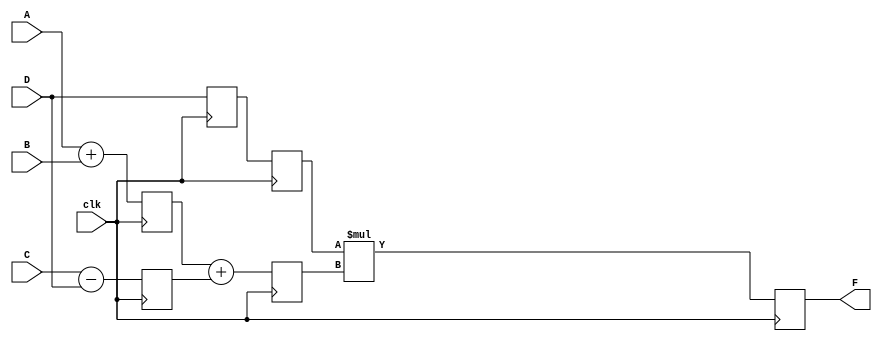
// There are 3 stages in which compution is divided
//At stage 1 we are computing x1 and x2 and forwarding D
// At stage 2 we are computing x3  with the help of x1 and x2 and again forwarding D
// At stage 3 we are computing F with the help of D and x3

module part1 (F,A,B,C,D,clk);
parameter N=10;

input [N-1:0] A,B,C,D;
input clk;
output [N-1:0] F;
reg [N-1:0] L12_x1, L12_x2, L12_D, L23_x3, L23_D, L34_F;

assign F=L34_F;
always @(posedge clk) begin
    L12_x1<=#4 A+B;            //Stage 1
    L12_x2<=#4 C-D;
    L12_D<=D;

    L23_x3<=#4 L12_x1+L12_x2;    //Stage 2
    L23_D<=L12_D;

    L34_F<=#6 L23_D*L23_x3;     //Stage 3
end
    
endmodule